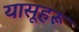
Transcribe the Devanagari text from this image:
यासूहरू